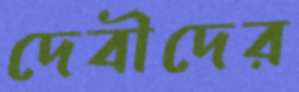
দেবীদের